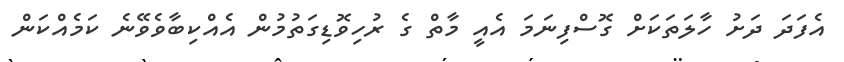
އެފަދަ ދަށު ހާލަތަކަށް ގޮސްފިނަމަ އެއީ މާތް ގެ ރުހިވޮޑިގަތުމުން އެއްކިބާވެވޭނެ ކަމެއްކަން